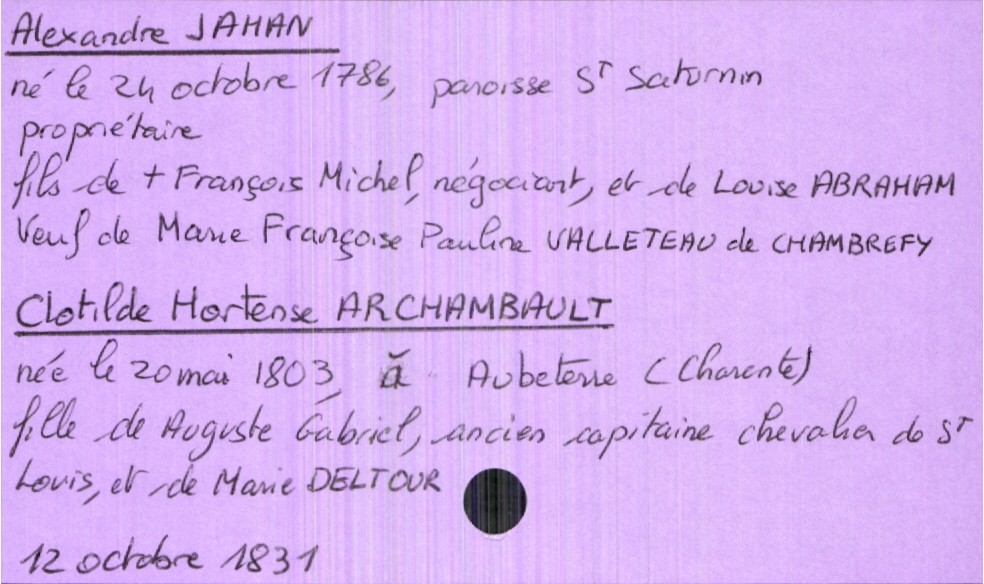
type_acte: Mariage
année: 1831
mois: octobre
jour: 12
marié_nom: Jahan
marié_prénom: Alexandre
marié_profession: propriétaire
marié_date_de_naissance: 24 octobre 1786
marié_lieu_de_naissance: paroisse Saint Saturnin
marié_statut: veuf
père_marié_nom: Jahan
père_marié_prénom: François Michel
père_marié_profession: négociant
père_marié_statut: décédé
mère_marié_nom: Abraham
mère_marié_prénom: Louise
mariée_nom: Archambault
mariée_prénom: Clotilde Hortense
mariée_date_de_naissance: 20 mai 1803
mariée_lieu_de_naissance: Aubeterre (Charente)
père_mariée_nom: Archambault
père_mariée_prénom: Auguste Gabriel
père_mariée_profession: ancien capitaine chevalier de Saint Louis
mère_mariée_nom: Deltour
mère_mariée_prénom: Marie